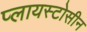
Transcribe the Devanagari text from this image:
प्लायस्टोसीन